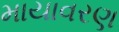
માયાવરણ